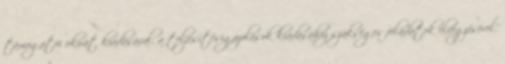
támogatói okirat kiadásával, a teljesítésigazolások kiadásához szükséges feladatok elvégzésével,